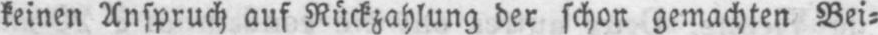
keinen Anspruch auf Rückzahlung der schon gemachten Bei⸗